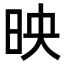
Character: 映